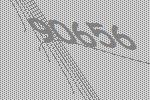
90656